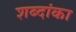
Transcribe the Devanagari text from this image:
शब्दांका